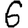
Digit: 6